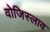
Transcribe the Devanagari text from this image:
वोजिस्लाव